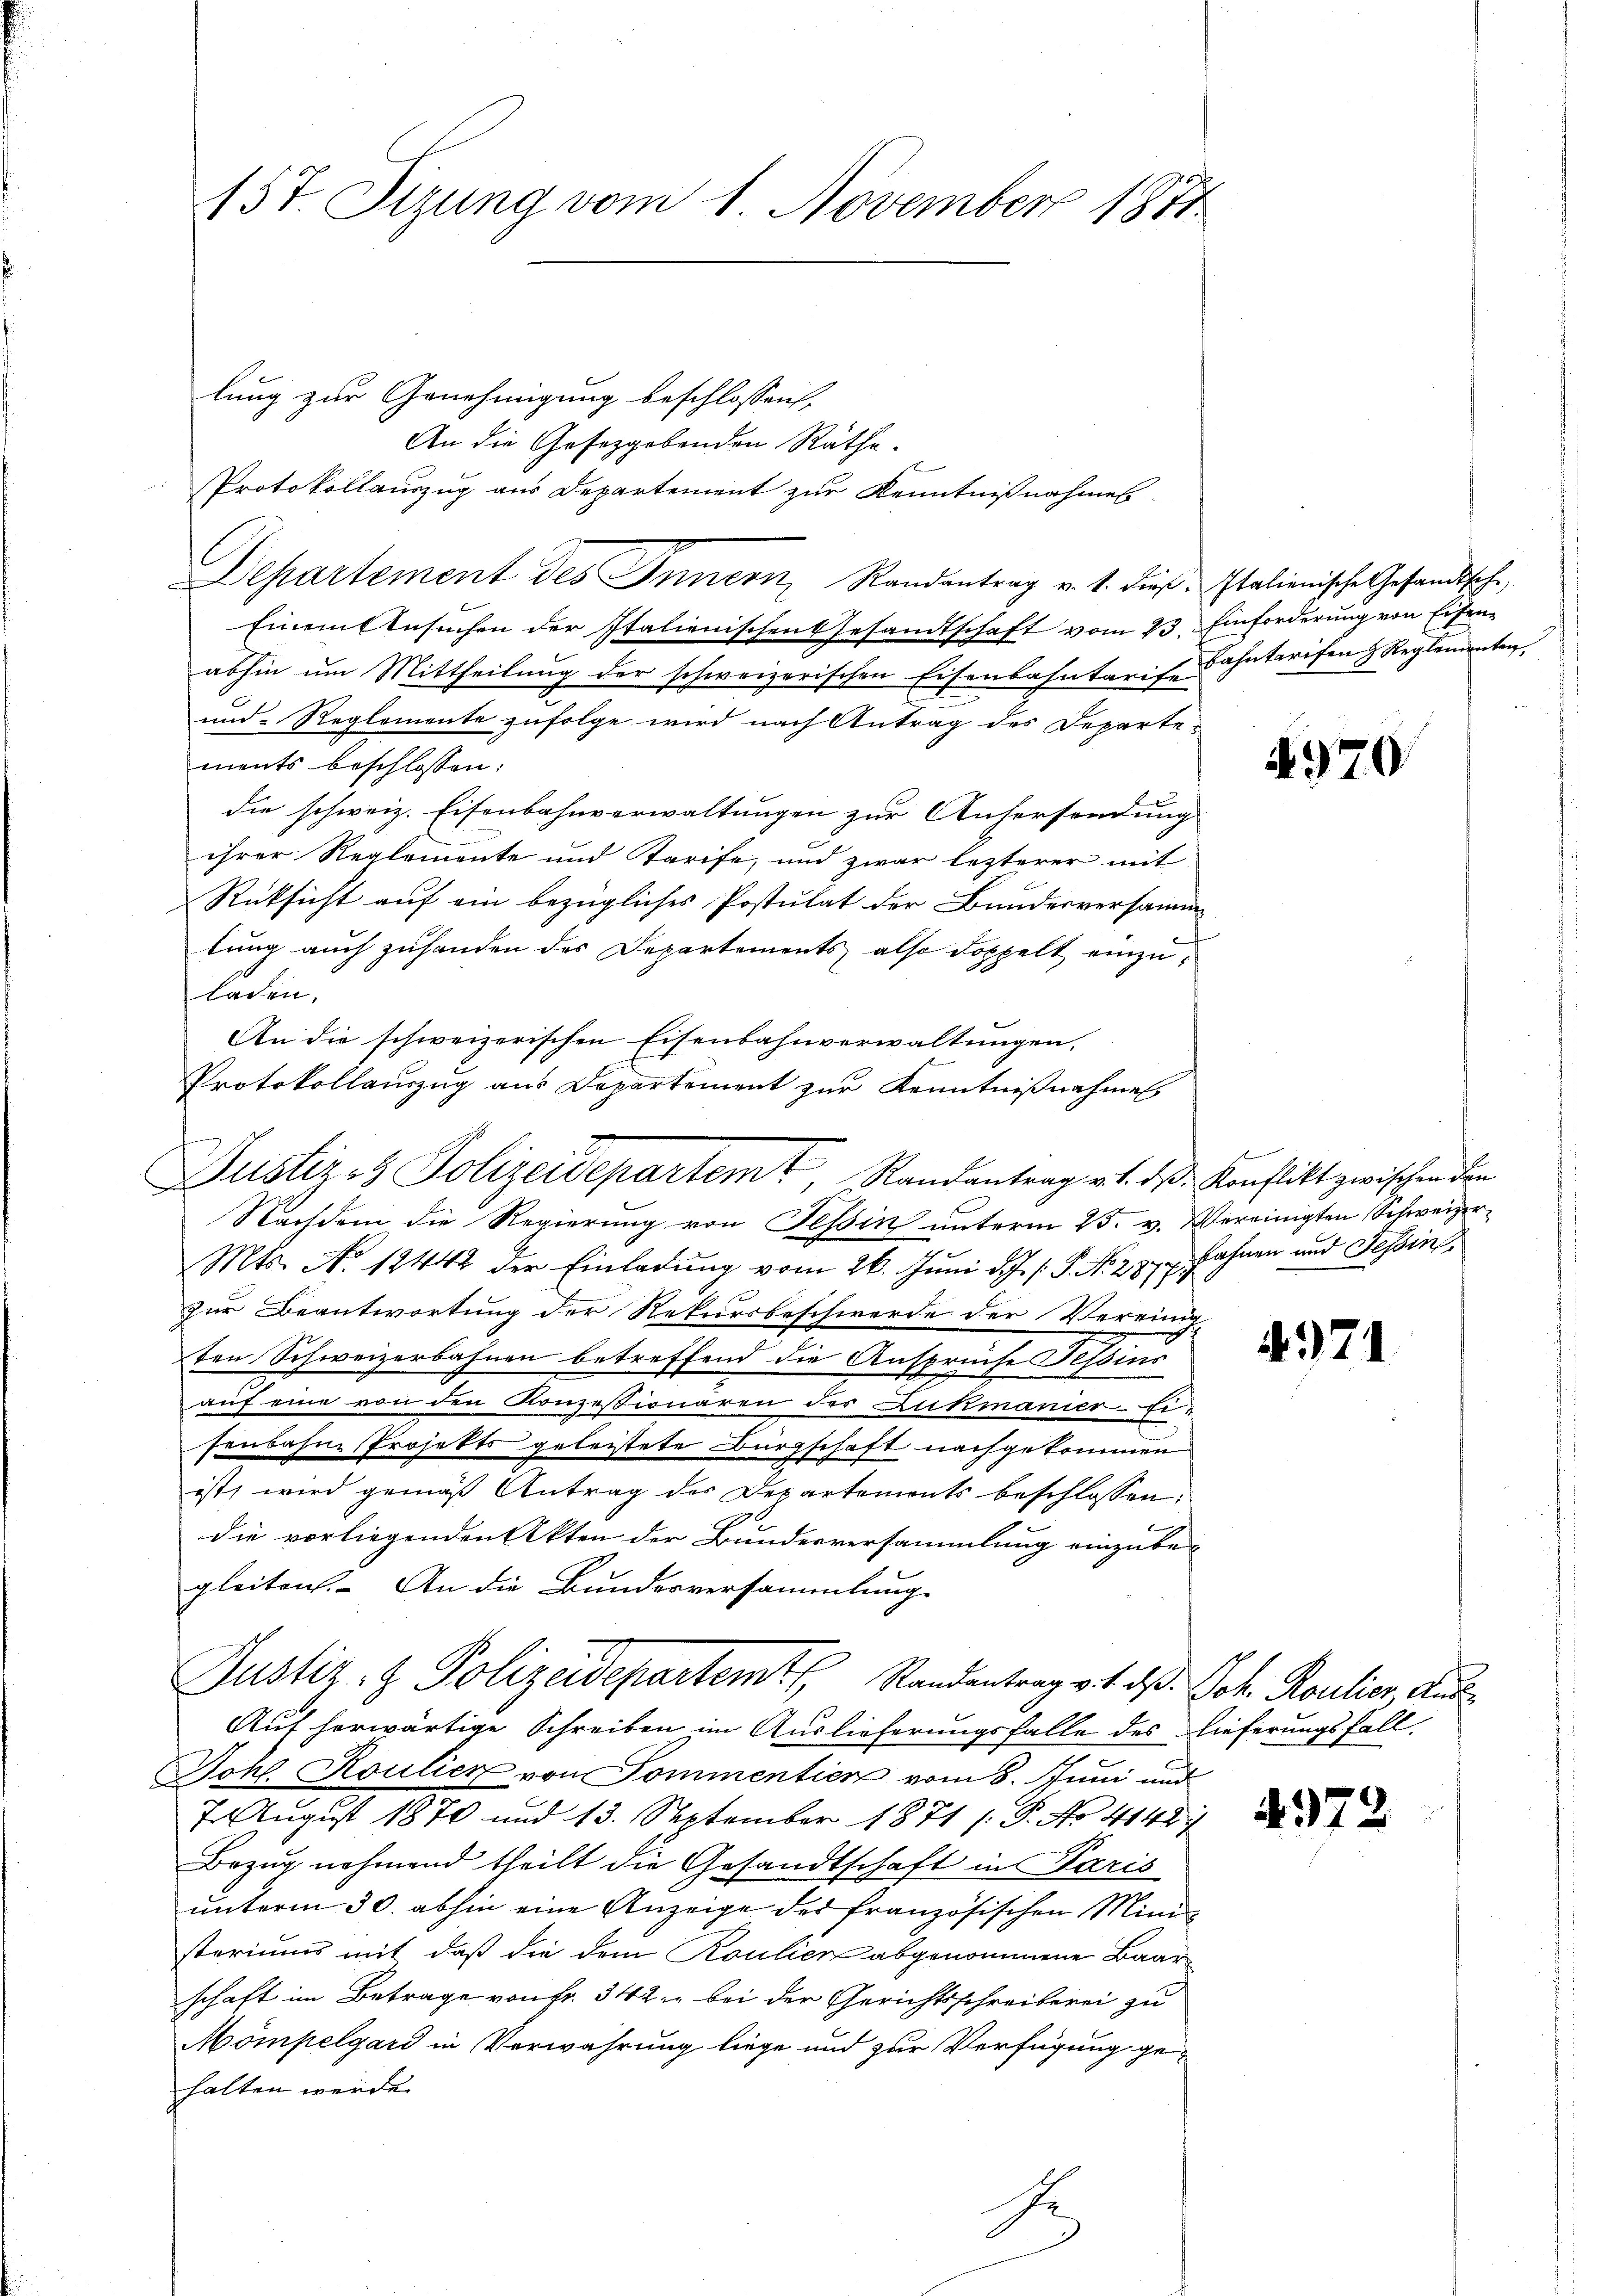
157. Sizung vom 1. November 1871

lung zur Genehmigung beschlossen,
An die Gesetzgebenden Räthe.
Protokollauszug aus Departement zur Kenntnißnahmes
Departement des Innern Randantrag v. 1. dieß. Italienische Gesandtsche,
Einem Ansuchen der Italienischen Gesandtschaft vom 23. Einforderung von Eisenabhin um Mittheilung der schweizerischen Eisenbahntaris Cantarifen & Reglementen,
und Reglemente zufolge wird nach Antrag des Departe-
ments beschlossen:
die schweiz. Eisenbahnverwaltungen zur Anhersendung
ihrer Reglemente und Starife, und zwar lezterer mit
Rüksicht auf ein bezügliches Postulat der Bundesversammf
lung auch zuhanden des Departements also doppelt einzuladen,
An die schweizerischen Eisenbahnverwaltungen,
E
Protokollauszug aus Departement zur Kenntnißnahmen
Nachdem die Regierung von Tessin unterm 25. v. Vereinigten Schweizer
Mts. No 12442 der Einladung vom 26. Juni d. J. P. Nr. 2972. Fahnen und Tessin
zur Beantwortung der Rekursbeschwerde der Vereinde
ten Schweizerbahnen betreffend die Ansprüche Tessins
auf eine von den Konzessionären des Lukmanier-Eisenbahne Projekts geleistete Bürgschaft nachgekommen
ist, wird gemäß Antrag des Departements beschlossen:
die vorliegenden Akten der Bundesversammlung einzube-
gleiten. An die Bundesversammlung
Justiz- & Polizeidepartemt, Standentrag v. 1. ds. Joh. Roulier, Aus¬
Auf herwärtige Schreiben im Auslieferungsfalle des Lieferungsfall
Johl. Roulier von Sommentien vom 8. Juni und
7. August 1870 und 13. September 1871 /: P. No 4142/
Bezug nehmend theilt die Gesandtschaft in Paris
unterm 30. abhin eine Anzeige des französischen Ministeriums mit daß die dem Roulier abgenommene Baarschaft im Betrage von Fr. 342. bei der Gerichtsschreiberei zu
Mömpelgard in Verwahrung liege und zur Verfügung gehalten werde.

Justiz- & Polizeidepartemt, Randantrag v. 1. ds Konflikt zwischen den

1

497

497.

.

4972